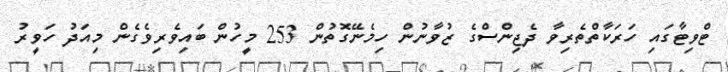
ޓްވިޓާގައި ހަަރަކާތްތެރިވާ ދެޖިންސްގެ ޒުވާނުން ހިމެނޭގޮތުން 253 މީހުން ބައިވެރިވެގެން މިއަދު ހަވީރު